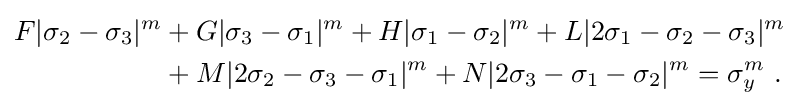
{\begin{aligned}F|\sigma _{2}-\sigma _{3}|^{m}&+G|\sigma _{3}-\sigma _{1}|^{m}+H|\sigma _{1}-\sigma _{2}|^{m}+L|2\sigma _{1}-\sigma _{2}-\sigma _{3}|^{m}\\&+M|2\sigma _{2}-\sigma _{3}-\sigma _{1}|^{m}+N|2\sigma _{3}-\sigma _{1}-\sigma _{2}|^{m}=\sigma _{y}^{m}~.\end{aligned}}